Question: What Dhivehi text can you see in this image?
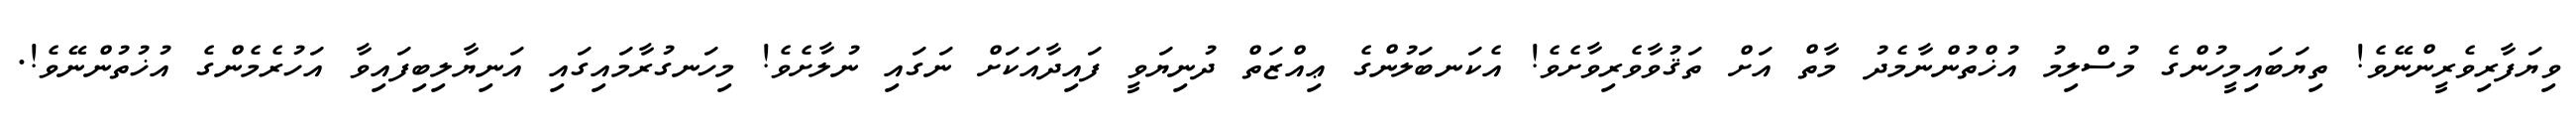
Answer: ވިޔަފާރިވެރީންނޭވެ! ތިޔަބައިމީހުންގެ މުސްލިމު އުޚްތުންނާމެދު މާތް އަށް ތަޤުވާވެރިވާށެވެ! އެކަނބަލުންގެ ޢިއްޒަތް ދުނިޔަވީ ފައިދާއަކަށް ނަގައި ނުލާށެވެ! މިހަނގުރާމައިގައި އަނިޔާލިބިފައިވާ އަހުރެމެންގެ އުޚުތުންނޭވެ!.